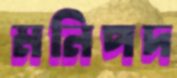
মনিপদ